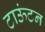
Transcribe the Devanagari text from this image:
टाऊंटन